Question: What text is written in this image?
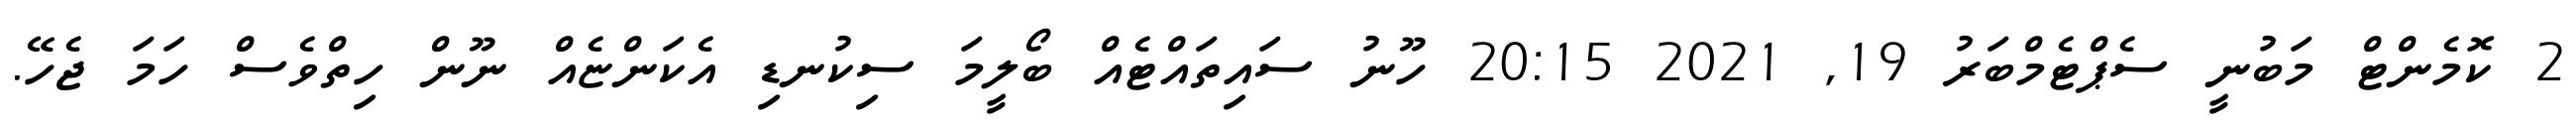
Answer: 2 ކޮމެންޓް މަބުނީ ސެޕްޓެމްބަރު 19, 2021 20:15 ހޫނު ސައިތައްޓެއް ބޯލީމަ ސިކުނޑި އެކަންޏެއް ނޫން ހިތްވެސް ހަމަ ޖެހޭ.